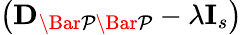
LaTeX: \left(\mathbf{D}_{\mathcal{\Bar{P}\Bar{P}}}-\lambda\mathbf{I}_{s}\right)